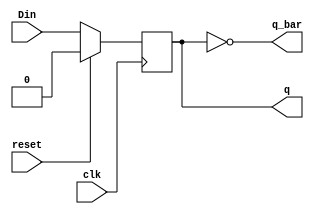
module Dflipflop(Din,reset,clk,q, q_bar); 

input clk, reset,Din; 
output q,q_bar ; 
reg q;

assign q_bar = ~q; 

always @( posedge clk)
begin 
    if(reset ==1'b1)
     begin 
	  q <= 1'b0; 
	 end
    else 
	  begin 
       q <= Din; 
	  end
    end 	
endmodule